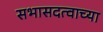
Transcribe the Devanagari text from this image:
सभासदत्वाच्या